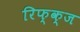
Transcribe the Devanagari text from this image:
रिफ्क्ज